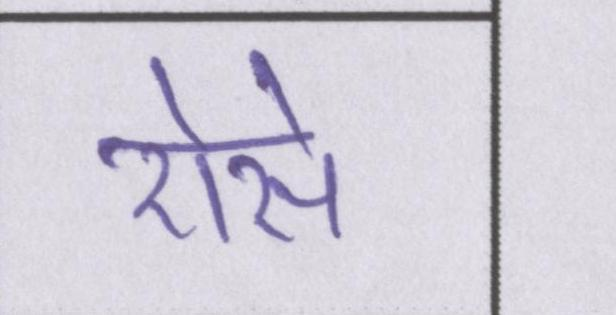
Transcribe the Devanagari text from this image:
ऐसे